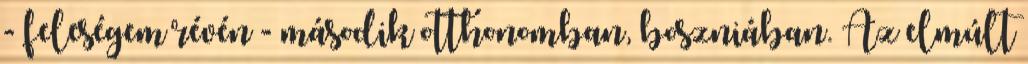
- feleségem révén - második otthonomban, boszniában. Az elmúlt